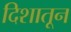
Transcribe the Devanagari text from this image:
दिशातून